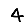
Digit: 4